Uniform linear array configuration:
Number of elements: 32
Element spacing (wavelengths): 1
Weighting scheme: hamming
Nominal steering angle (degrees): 60
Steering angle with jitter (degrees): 59.698
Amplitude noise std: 0.05
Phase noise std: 0.05

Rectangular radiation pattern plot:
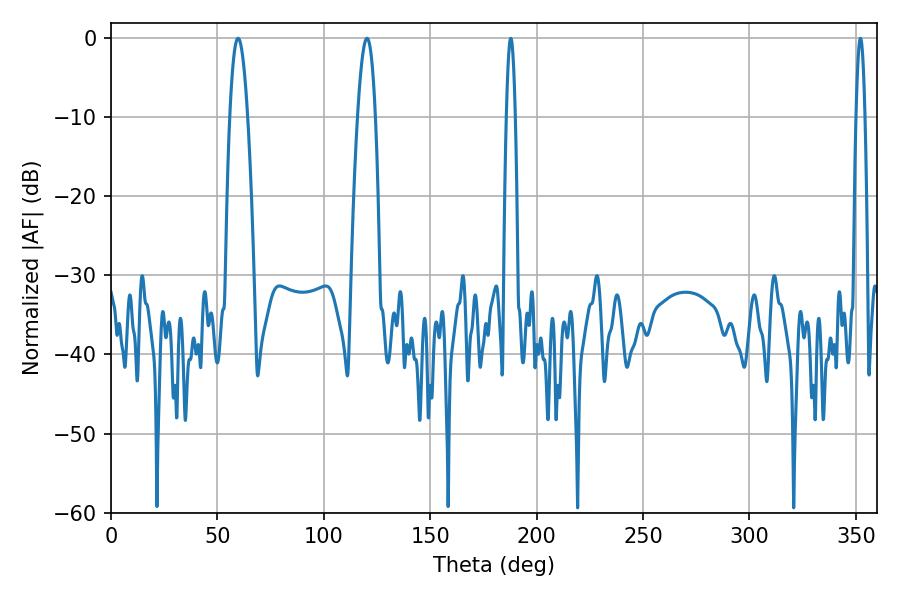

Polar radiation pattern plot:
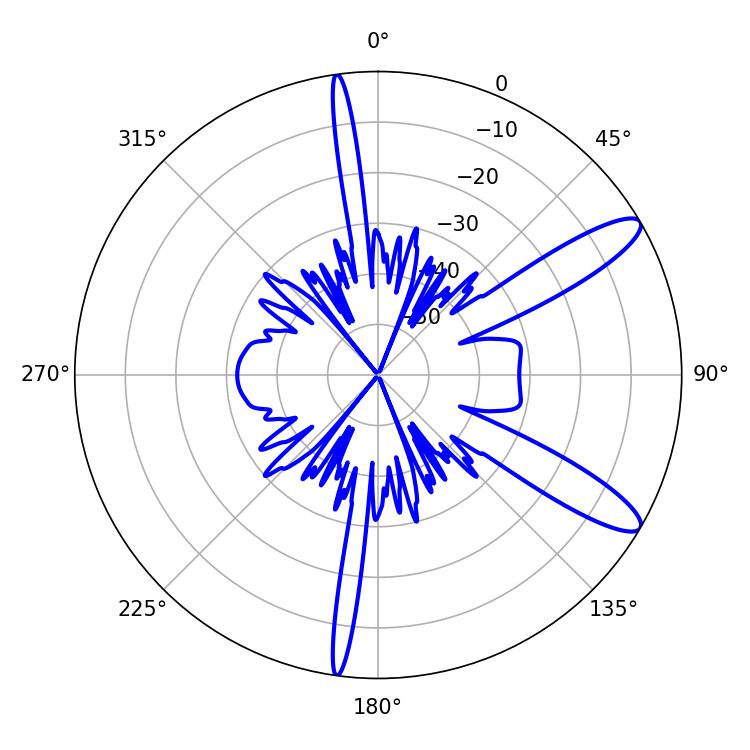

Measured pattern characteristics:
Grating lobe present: TRUE
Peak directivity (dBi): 11.588
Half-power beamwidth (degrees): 4.68
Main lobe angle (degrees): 59.76